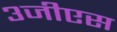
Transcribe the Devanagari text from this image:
३जीएस